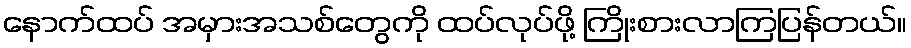
နောက်ထပ် အမှားအသစ်တွေကို ထပ်လုပ်ဖို့ ကြိုးစားလာကြပြန်တယ်။